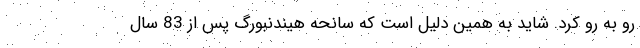
رو به رو کرد. شاید به همین دلیل است که سانحه هیندنبورگ پس از 83 سال